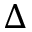
\Delta